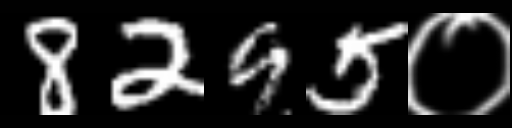
Text: 8295०